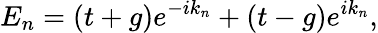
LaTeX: E_{n}=(t+g)e^{-ik_{n}}+(t-g)e^{ik_{n}},